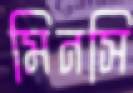
মিনসি